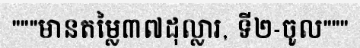
"""មានតម្លៃ៣៧ដុល្លារ, ទី២-ចូល"""